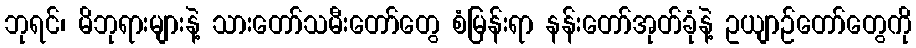
ဘုရင်၊ မိဘုရားများနဲ့ သားတော်သမီးတော်တွေ စံမြန်းရာ နန်းတော်အုတ်ခုံနဲ့ ဥယျာဉ်တော်တွေကို